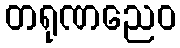
တရုဏညေဝ